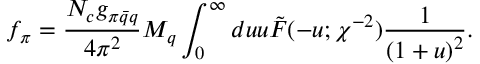
f _ { \pi } = \frac { N _ { c } g _ { \pi \bar { q } q } } { 4 \pi ^ { 2 } } M _ { q } \int _ { 0 } ^ { \infty } d u u \tilde { F } ( - u ; \chi ^ { - 2 } ) \frac { 1 } { \left( 1 + u \right) ^ { 2 } } .